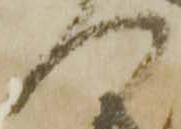
へ